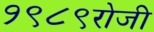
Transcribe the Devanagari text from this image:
१९८९रोजी